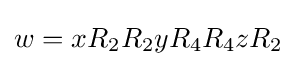
w=xR_{2}R_{2}yR_{4}R_{4}zR_{2}